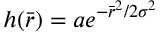
h ( \bar { r } ) = a e ^ { - \bar { r } ^ { 2 } / 2 { \sigma } ^ { 2 } }